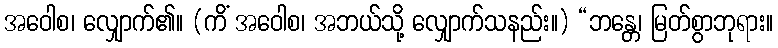
အဝေါစ၊ လျှောက်၏။ (ကိံ အဝေါစ၊ အဘယ်သို့ လျှောက်သနည်း။) “ဘန္တေ၊ မြတ်စွာဘုရား။